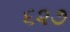
૬૨૭